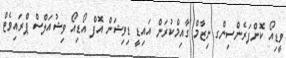
ވީޑިއޯ ކޮންފަރެންސިންގ ނިޒާމް ގާއިމްކުރަން އައިޑީ ޑިވިޝަން އޮފް އޯޑިއޯ ވިޝުއަލްސް ޕްރައިވެޓް